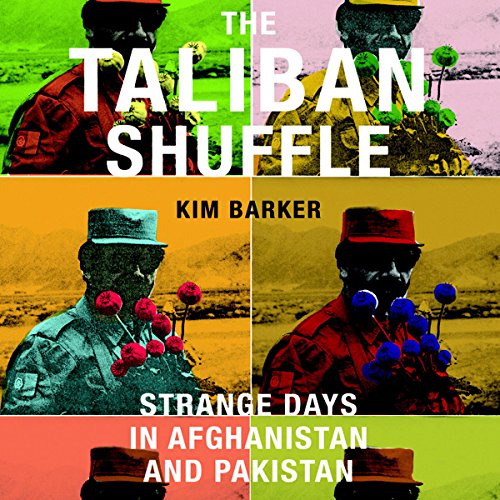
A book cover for The Taliban Shuffle: Strange Days in Afghanistan and Pakistan; Kim Barker; History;